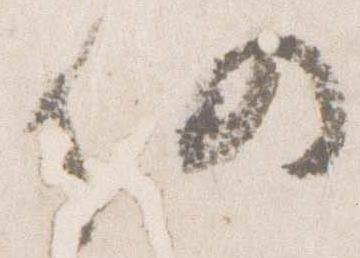
仍